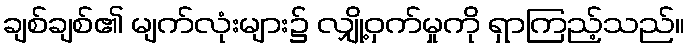
ချစ်ချစ်၏ မျက်လုံးများ၌ လျှို့ဝှက်မှုကို ရှာကြည့်သည်။